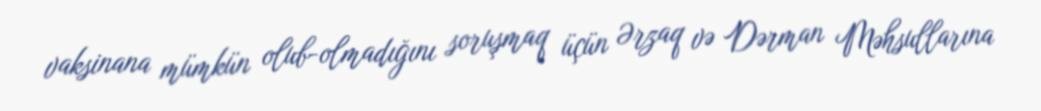
vaksinana mümkün olub-olmadığını soruşmaq üçün Ərzaq və Dərman Məhsullarına